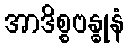
အာဒိစ္စဗန္ဓုနံ